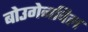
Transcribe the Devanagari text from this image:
बोउगेनविल